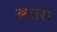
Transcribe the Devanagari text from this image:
क़तरा